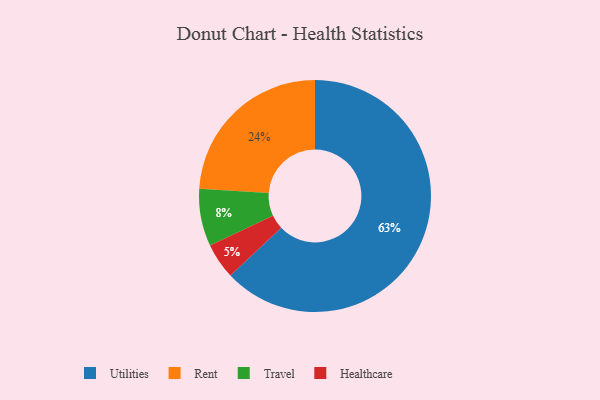
{"axis": {"x": "Category", "y": "Percentage"}, "legend": ["Healthcare", "Rent", "Travel", "Utilities"], "data": [{"x": "Rent", "y": 24, "type": "Rent"}, {"x": "Utilities", "y": 63, "type": "Utilities"}, {"x": "Healthcare", "y": 5, "type": "Healthcare"}, {"x": "Travel", "y": 8, "type": "Travel"}]}